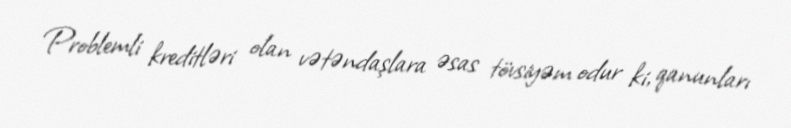
Problemli kreditləri olan vətəndaşlara əsas tövsiyəm odur ki, qanunları